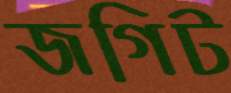
জগিট